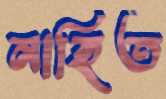
নাহিত